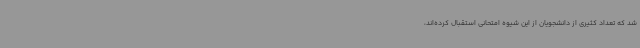
شد که تعداد کثیری از دانشجویان از این شیوه امتحانی استقبال کرده‌اند،